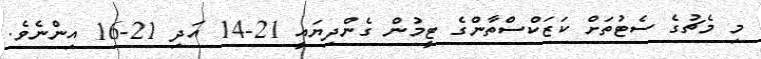
މި މެޗުގެ ސެޓުތަށް ކަޒަކްސްތާންގެ ޓީމުން ގެންދިޔައީ 21-14 އަދި 21-16 އިންނެވެ.